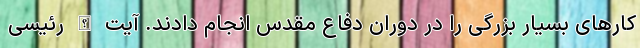
کارهای بسیار بزرگی را در دوران دفاع مقدس انجام دادند. آیت الله رئیسی